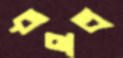
রণব